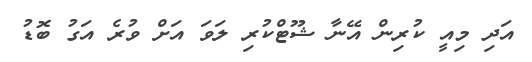
އަދި މިއީ ކުރިން އޭނާ ޝޫޓްކުރި ލަވަ އަށް ވުރެ އަގު ބޮޑު